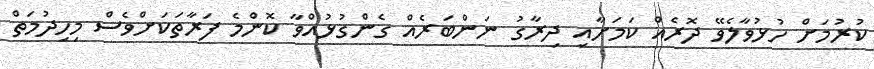
ކުރުމަށް ހުޅުވާލެވޭ ދޮރެއް ކަމަށާއި ދިރާގު ނަންބަރެއް ގެންގުޅުއްވާ ކޮންމެ ފަރާތަކަށްވެސް މިހިދުމަތް